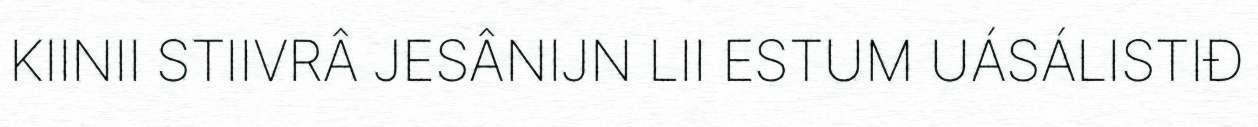
KIINII STIIVRÂ JESÂNIJN LII ESTUM UÁSÁLISTIĐ